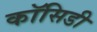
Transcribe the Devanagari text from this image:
कॉसिडी